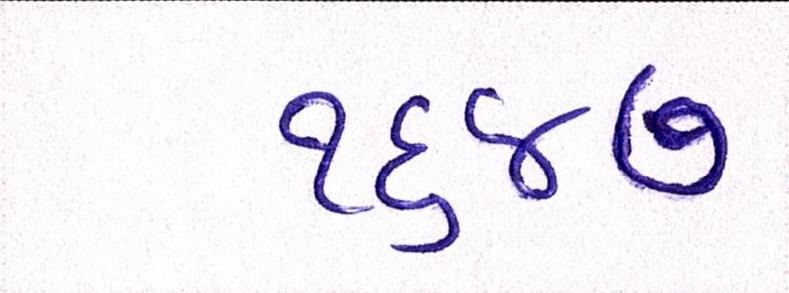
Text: ૧૬૪૭